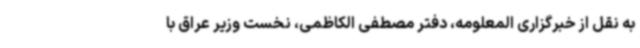
به نقل از خبرگزاری المعلومه، دفتر مصطفی الکاظمی، نخست وزیر عراق با